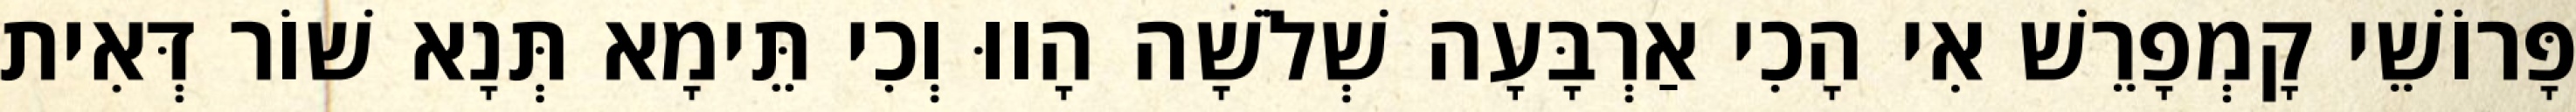
פָּרוֹשֵׁי קָמְפָרֵשׁ אִי הָכִי אַרְבָּעָה שְׁלֹשָׁה הָווּ וְכִי תֵּימָא תְּנָא שׁוֹר דְּאִית